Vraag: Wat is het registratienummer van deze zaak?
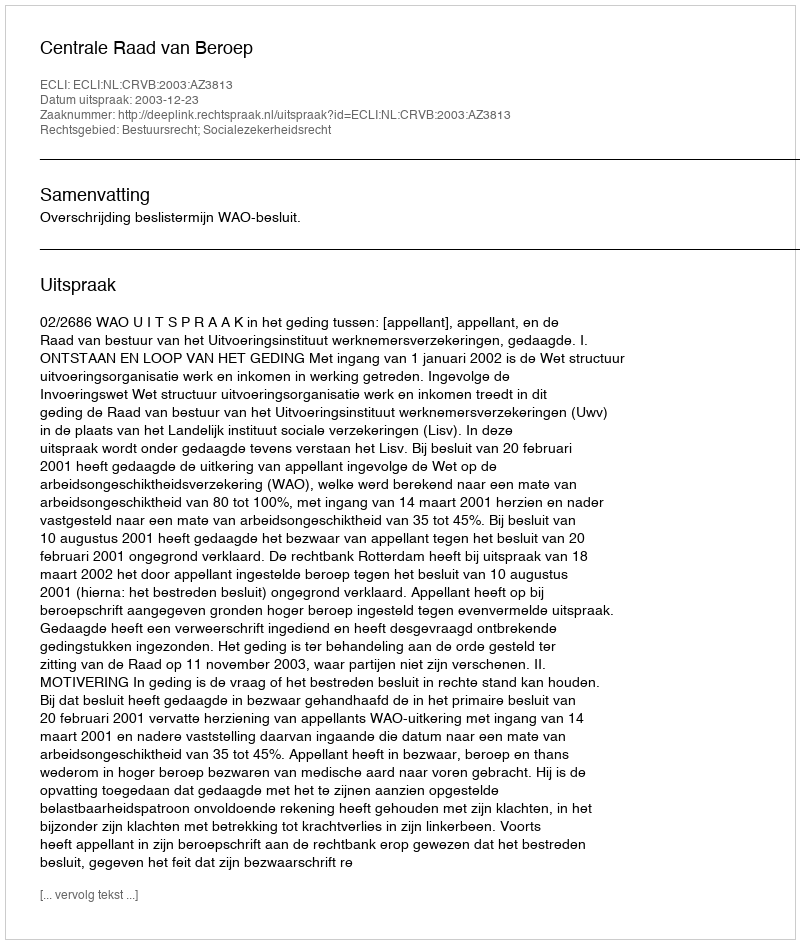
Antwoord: http://deeplink.rechtspraak.nl/uitspraak?id=ECLI:NL:CRVB:2003:AZ3813